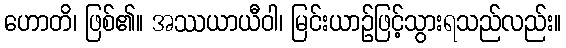
ဟောတိ၊ ဖြစ်၏။ အဿယာယီဝါ၊ မြင်းယာဉ်ဖြင့်သွားရသည်လည်း။